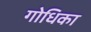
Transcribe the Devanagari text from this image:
गोधिका